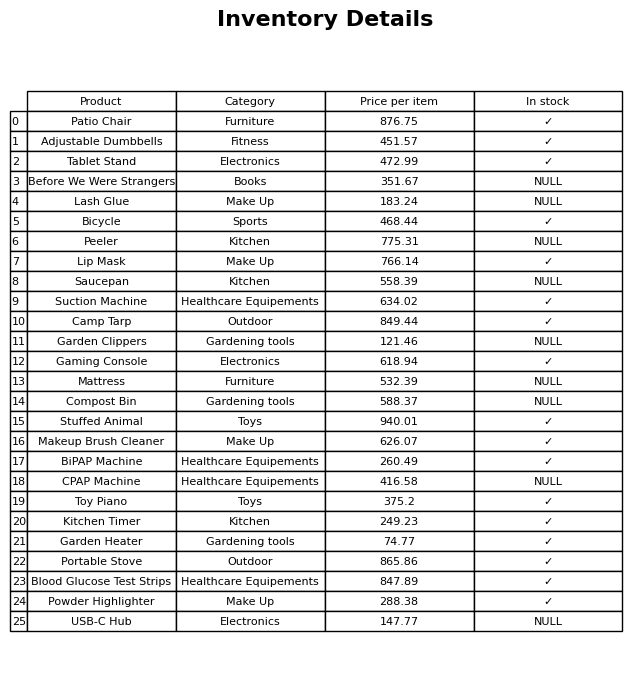
question: What is the price for Peeler?
answer: The price of Peeler is 775.31.